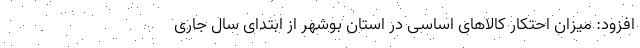
افزود: میزان احتکار کالاهای اساسی در استان بوشهر از ابتدای سال جاری